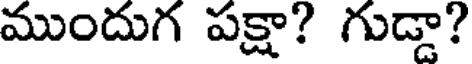
ముందుగ పక్షా? గుడ్డా?